Indian journal of veterinary science and animal husbandry - Volumes 26-27, 1956-1957
Year: 1956
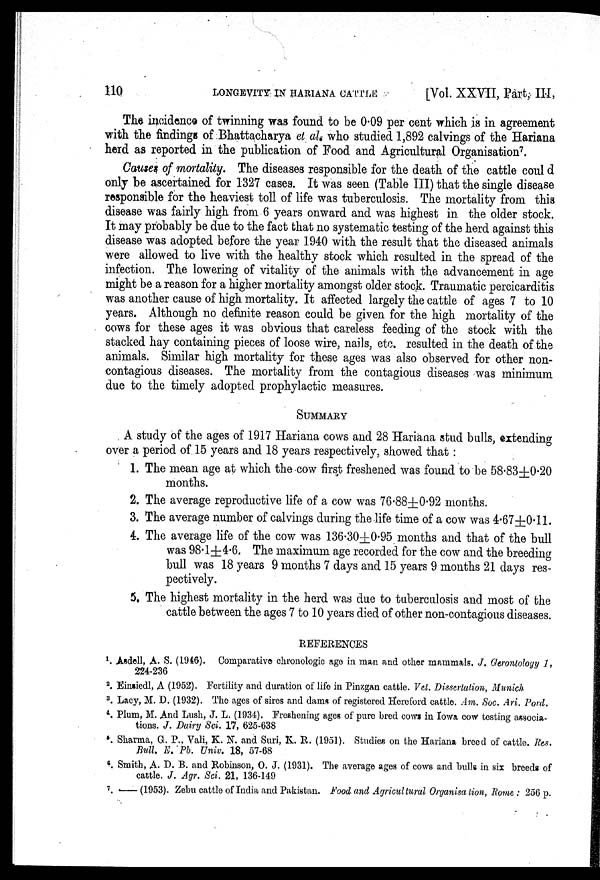
110 LONGEVITY IN HARIANA CATTLE [Vol. XXVII Part; III,
The incidence of twinning was found to be 0.09 per cent which is in agreement
with the findings of Bhattacharya et al.who studied 1,892 calvings of the Hariana
herd as reported in the publication of Food and Agricultural Organisation 7 .
Causes of mortality. The diseases responsible for the death of the cattle coul d
only be ascertained for 1327 cases. It was seen (Table III) that the single disease
responsible for the heaviest toll of life was tuberculosis. The mortality from this
disease was fairly high from 6 years onward and was highest in the older stock.
It may probably be due to the fact that no systematic testing of the herd against this
disease was adopted before the year 1940 with the result that the diseased animals
were allowed to live with the healthy stock which resulted in the spread of the
infection. The lowering of vitality of the animals with the advancement in age
might be a reason for a higher mortality amongst older stock. Traumatic percicarditis
was another cause of high mortality. It affected largely the cattle of ages 7 to 10
years. Although no definite reason could be given for the high mortality of the
cows for these ages it was obvious that careless feeding of the stock with the
stacked hay containing pieces of loose wire, nails, etc. resulted in the death of the
animals. Similar high mortality for these ages was also observed for other non-
contagious diseases. The mortality from the contagious diseases was minimum
due to the timely adopted prophylactic measures.
SUMMARY
A study of the ages of 1917 Hariana cows and 28 Hariana stud bulls, extending
over a period of 15 years and 18 years respectively, showed that :
1. The mean age at which the cow first freshened was found to be 58.83±0.20
months.
2. The average reproductive life of a cow was 76.88±0.92 months.
3. The average number of calvings during the life time of a cow was 4.67±0.11
4. The average life of the cow was 136.30±0.95 months and that of the bull
was 98.1±4.6. The maximum age recorded for the cow and the breeding
bull was 18 years 9 months 7 days and 15 years 9 months 21 days res-
pectively.
5. The highest mortality in the herd was due to tuberculosis and most of the
cattle between the ages 7 to 10 years died of other non-contagious diseases.
REFERENCES
1 . Asdell, A. S. (1946). Comparative chronologic age in man and other mammals. J. Gerontology 1,
224-236
2 . Einsiedl, A (1952). Fertility and duration of life in Pinzgan cattle. Vet. Dissertation, Munich.
3 . Lacy, M. D. (1932). The ages of sires and dams of registered Hereford cattle. Am. Soc. Ari. Pord.
4 . Plum, M. And Lush, J. L. (1934). Freshening ages of pure bred cows in Iowa cow testing associa-
tions. J. Dairy Sci. 17, 625-638
5 . Sharma, G. P., Vali, K. N. and Suri, K. R. (1951). Studies on the Hariana breed of cattle. Res.
Bull. E. Pb. Univ. 18, 57-68
6 . Smith, A. D. B. and Robinson, O. J. (1931). The average ages of cows and bulls in six breeds of
cattle. J. Agr. Sci. 21, 136-149
7 . ——(1953). Zebu cattle of India and Pakistan. Food and Agricultural Organisation, Rome : 256 p.